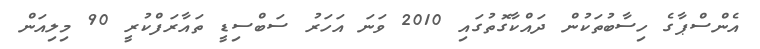
އެންސްޕާގެ ހިސާބުތަކުން ދައްކާގޮތުގައި 2010 ވަނަ އަހަރު ސަބްސިޑީ ތައާރަފްކުރީ 90 މިލިއަން